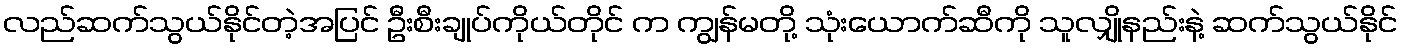
လည်ဆက်သွယ်နိုင်တဲ့အပြင် ဦးစီးချုပ်ကိုယ်တိုင် က ကျွန်မတို့ သုံးယောက်ဆီကို သူလျှိုနည်းနဲ့ ဆက်သွယ်နိုင်